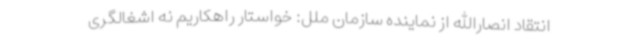
انتقاد انصارالله از نماینده سازمان ملل: خواستار راهکاریم نه اشغالگری